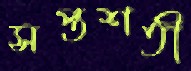
সপ্তশতী